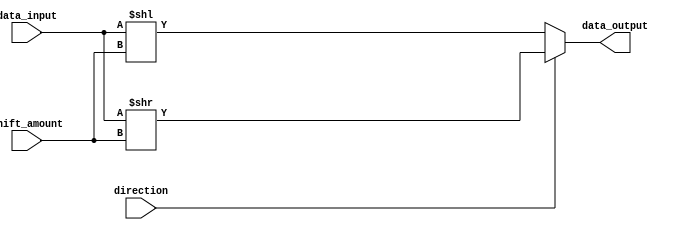
module Hybrid_Barrel_Shifter (
    input [7:0] data_input,
    input [2:0] shift_amount,
    input direction,
    output [7:0] data_output
);

reg [7:0] temp_data;

always @(*) begin
    if (direction) begin // Right shift
        temp_data = data_input >> shift_amount;
    end else begin // Left shift
        temp_data = data_input << shift_amount;
    end
end

assign data_output = temp_data;

endmodule